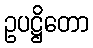
ဥပဋ္ဌိတော